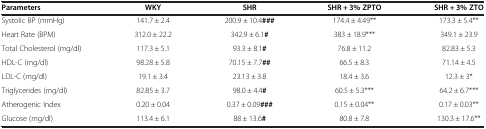
| Parameters | WKY | SHR | SHR + 3% ZPTO | SHR + 3% ZTO |
 | --- | --- | --- | --- | --- |
 | Systolic BP (mmHg) | 141.7 ± 2.4 | 200.9 ± 10.4### | 174.4 ± 4.49** | 173.3 ± 5.4** |
 | Heart Rate (BPM) | 312.0 ± 22.2 | 342.9 ± 6.1# | 383 ± 18.9*** | 349.1 ± 23.9 |
 | Total Cholesterol (mg/dl) | 117.3 ± 5.1 | 93.3 ± 8.1# | 76.8 ± 11.2 | 82.83 ± 5.3 |
 | HDL-C (mg/dl) | 98.28 ± 5.8 | 70.15 ± 7.7## | 66.5 ± 8.3 | 71.14 ± 4.5 |
 | LDL-C (mg/dl) | 19.1 ± 3.4 | 23.13 ± 3.8 | 18.4 ± 3.6 | 12.3 ± 3* |
 | Triglycerides (mg/dl) | 82.85 ± 3.7 | 98.0 ± 4.4# | 60.5 ± 5.3*** | 64.2 ± 6.7*** |
 | Atherogenic Index | 0.20 ± 0.04 | 0.37 ± 0.09### | 0.15 ± 0.04** | 0.17 ± 0.03** |
 | Glucose (mg/dl) | 113.4 ± 6.1 | 88 ± 13.6# | 80.8 ± 7.8 | 130.3 ± 17.6** |